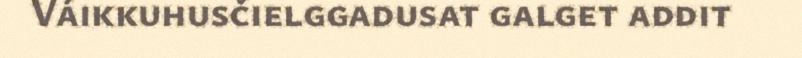
Váikkuhusčielggadusat galget addit